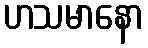
ဟသမာနော